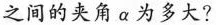
之间的夹角α为多大?